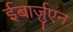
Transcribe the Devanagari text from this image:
ईबार्ज़ुएन